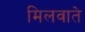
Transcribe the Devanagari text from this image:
मिलवाते